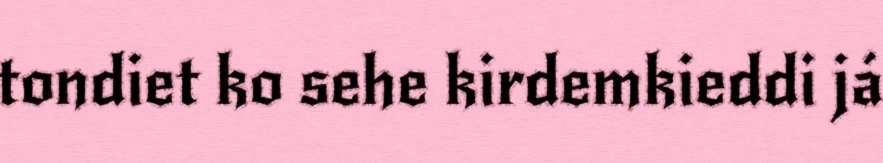
tondiet ko sehe kirdemkieddi já